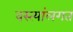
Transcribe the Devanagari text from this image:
वस्त्यांलगत